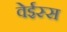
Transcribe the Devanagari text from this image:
वेईस्स